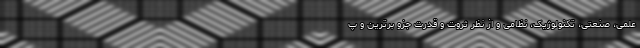
علمی، صنعتی، تکنولوژیک، نظامی و از نظر ثروت و قدرت جزو برترین و پ